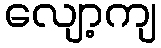
လျော့ကျ